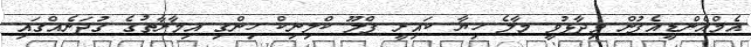
އެމްއެންޑީއެފުން ވިދާޅުވީ މާލެ ހިޔާ ކައިރީ ފްލޫ ކްލިނިކް ހިންގި އިމާރާތުގެ ގުދަނެއްގައި